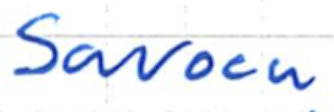
Text: Savoca
Cross-out: clean
Writing tool: ballpoint